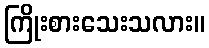
ကြိုးစားသေးသလား။